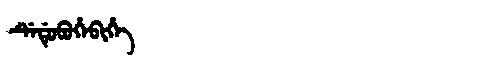
Manchu: ᡩᡝᡩᡠᠪᡠᡥᡝᠪᡳᡥᡝ
Romanization: DEDUBUHEBIHE